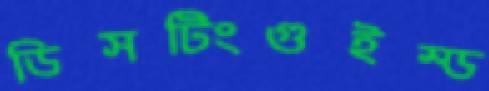
ডিসটিংগুইস্ড